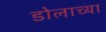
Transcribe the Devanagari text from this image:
डोलाच्या